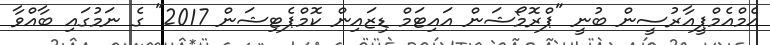
އެމްއެމްޕީއާރުސީން ބުނީ "ޕްރޮމޯޝަން އައިޓަމް ޑިޒައިން ކޮމްޕެޓިޝަން 2017" ގެ ނަމުގައި ބާއްވާ